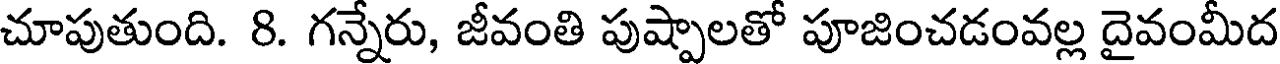
చూపుతుంది. 8. గన్నేరు, జీవంతి పుష్పాలతో పూజించడంవల్ల దైవంమీద